Vaccination in Bombay 1856-1862 - 1856-1862
Year: 1856
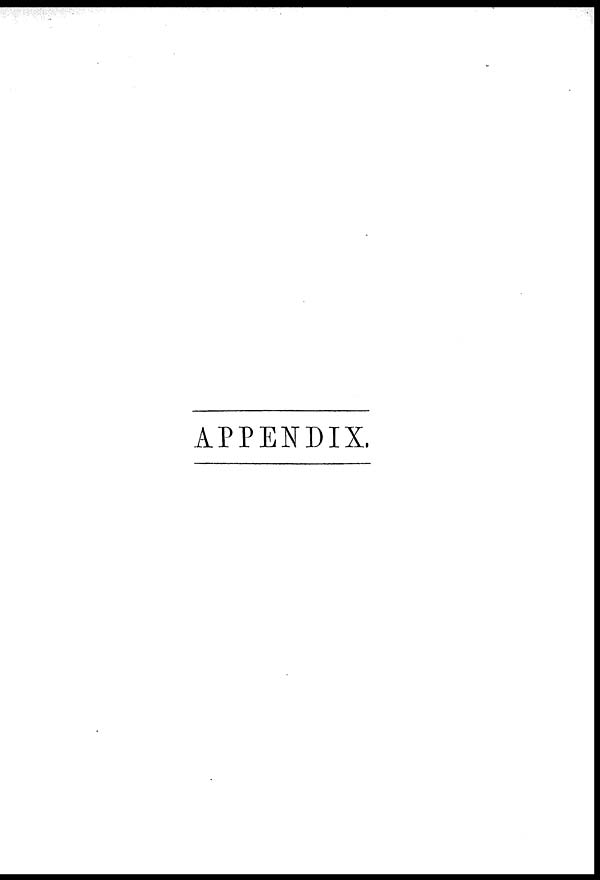
APPENDIX.